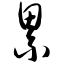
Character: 累